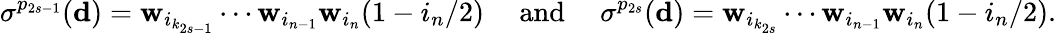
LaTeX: \sigma^{p_{2s-1}}(\mathbf d)=\mathbf w_{i_{k_{2s-1}}}\cdots\mathbf w_{i_{n-1}}\mathbf w_{i_{n}}(1-i_{n}/2)\ \ \ \ \ \mathrm{and}\ \ \ \ \ \sigma^{p_{2s}}(\mathbf d)=\mathbf w_{i_{k_{2s}}}\cdots\mathbf w_{i_{n-1}}\mathbf w_{i_{n}}(1-i_{n}/2).